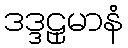
ဒဒ္ဒဠှမာနံ